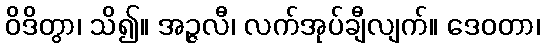
ဝိဒိတွာ၊ သိ၍။ အဉ္ဇလီ၊ လက်အုပ်ချီလျက်။ ဒေဝတာ၊